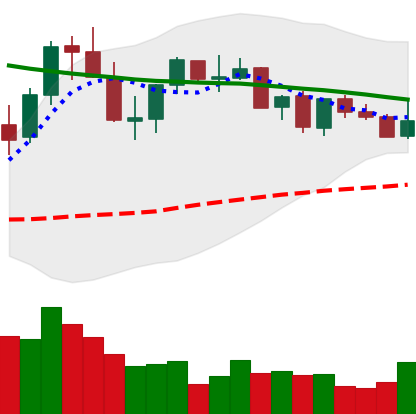
Ticker: XLM-USD
Chart end date: 2021-08-31
Forward return: 16.616%
Label: up_7plus